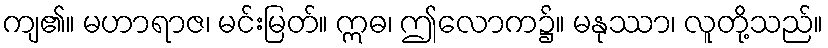
ကျ၏။ မဟာရာဇ၊ မင်းမြတ်။ ဣဓ၊ ဤလောက၌။ မနုဿာ၊ လူတို့သည်။